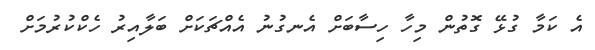
އެ ކަމާ ގުޅޭ ގޮތުން މިހާ ހިސާބަށް އެނގުނު އެއްޗަކަށް ބަލާއިރު ހެކްކުރުމަށް